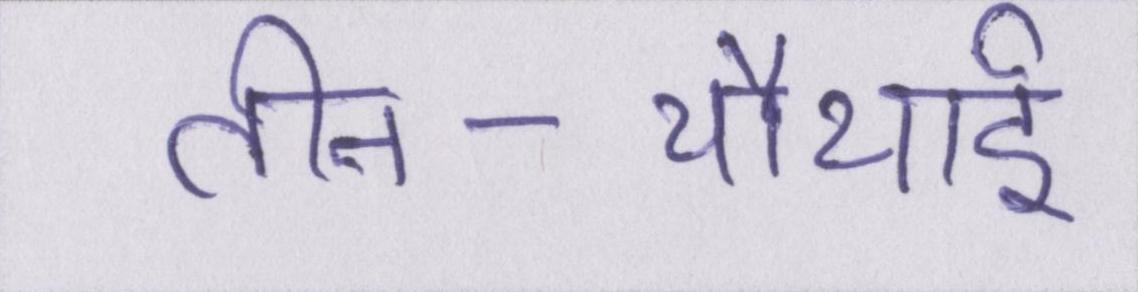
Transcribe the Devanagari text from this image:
तीन-चौथाई